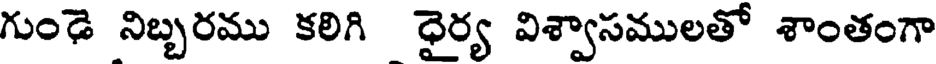
గుండె నిబ్బరము కలిగి ధైర్య విశ్వాసములతో శాంతంగా